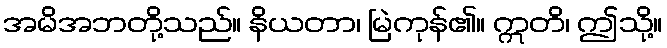
အမိအဘတို့သည်။ နိယတာ၊ မြဲကုန်၏။ ဣတိ၊ ဤသို့။